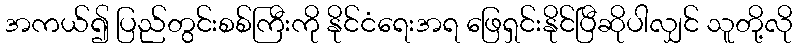
အကယ်၍ ပြည်တွင်းစစ်ကြီးကို နိုင်ငံရေးအရ ဖြေရှင်းနိုင်ပြီဆိုပါလျှင် သူတို့လို